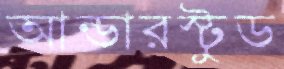
আন্ডারস্টুড